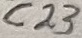
Text: C23